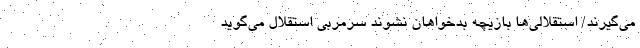
می‌گیرند/ استقلالی‌ها بازیچه بدخواهان نشوند سرمربی استقلال می‌گوید